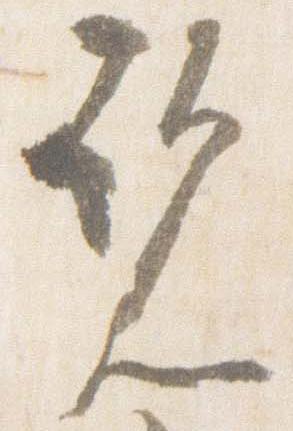
覧